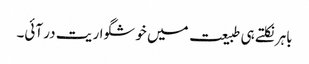
باہر نکلتے ہی طبیعت میں خوشگوار یت در آئی۔